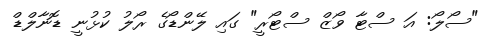
"ސޯލޯ: އަ ސްޓާ ވޯޒް ސްޓޯރީ" ގައި ލޭންޑޯގެ ރޯލު ކުޅުނީ ޑޮނާލްޑް